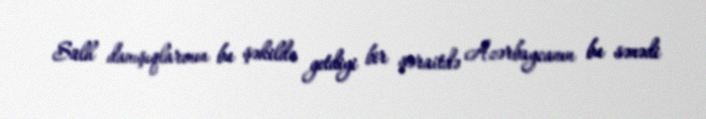
Sülh danışıqlarının bu şəkildə getdiyi bir şəraitdə Azərbaycanın bu sənədi